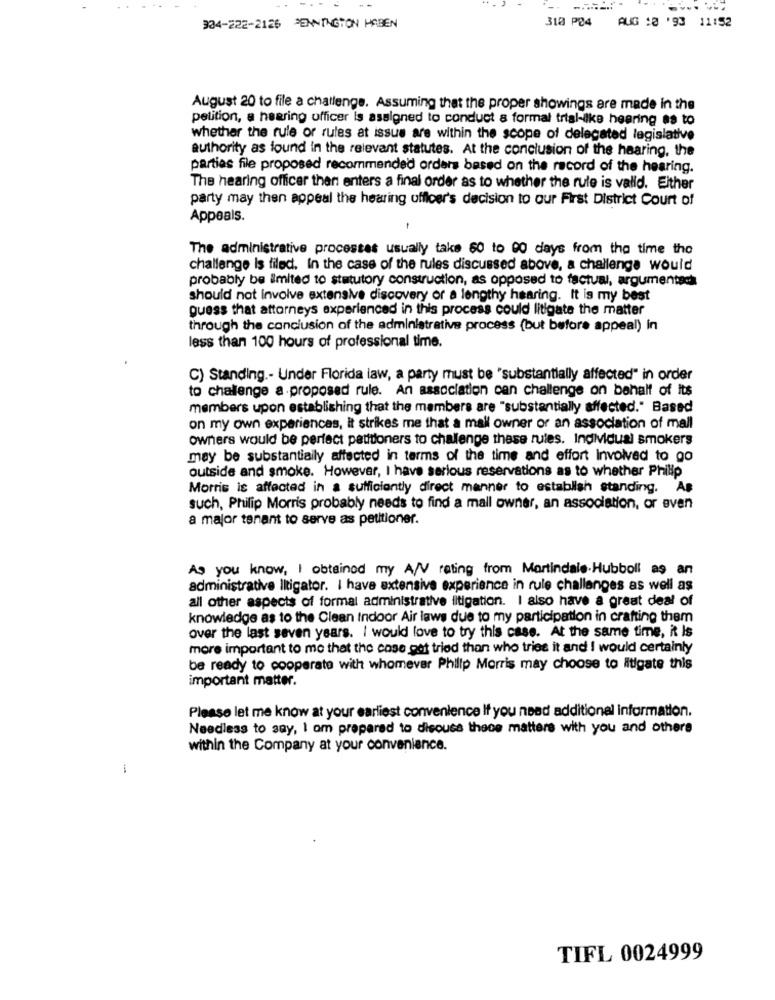
318 P84
AUG :8 '93 11:52
304-222-2126 PENNINGTON HABEN
August 20 to file a challenge. Assuming that the proper showings are made in the
petition, a hearing officer is assigned to conduct a formal trial-ilke hearing as to
whether the rule or rules at issus are within the scope of delegated legislative
authority as found in the relevant statutes. At the conclusion of the hearing, the
parties file proposed recommended orders based on the record of the hearing.
The hearing officer than enters a final order as to whether the rule is valid. Either
party may then appeal the hearing officer's decision to our First District Court of
Appeals.
-
The administrative processes usually take 60 to 90 days from the time the
challenge Is filed. In the case of the rules discussed above, a challenge would
probably be ilmited to statutory construction, as opposed to factual, argumentech
should not involve extensive discovery or a lengthy hearing. It is my best
guess that attorneys experienced in this process could litigate the matter
through the conclusion of the administrative process (but before appeal) in
less than 100 hours of professional time.
C) Standing .- Under Florida law, a party must be "substantially affected" in order
to challenge a proposed rule. An association can challenge on behalf of its
members upon establishing that the members are "substantially affected." Based
on my own experiences, it strikes me that a mall owner or an association of mall
owners would be perfect patitioners to challenge these rules. Individual smokers
may be substantially affected in terms of the time and effort Involved to go
outside and smoke. However, I have serious reservations as to whether Philip
Morris is affected in a sufficiently direct manner to establish standing. A#
such, Philip Morris probably needs to find a mall owner, an association, or even
a major tenant to serve as petitioner.
As you know, I obtained my A/V rating from Martindale.Hubboll as an
administrative litigator. I have extensive experience in rule challenges as well as
all other aspects of formal administrative litigation. I also have a great deal of
knowledge as to the Clean Indoor Air laws due to my participation in crafting them
over the last seven years. I would love to try this case. At the same time, it Is
more important to me that the case got tried than who tries it and I would certainly
be ready to cooperate with whomever Philip Morris may choose to litigate this
important matter.
Please let me know at your earliest convenience If you need additional information.
Needless to say, I om prepared to discuss thece matters with you and others
within the Company at your convenience.
-
TIFL 0024999